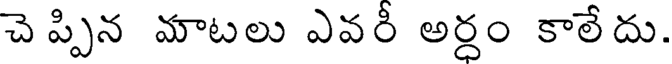
చె ప్పిన మాటలు ఎవరీ అర్ధం కాలేదు.